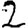
Digit: 2